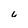
Character: u